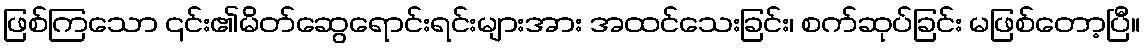
ဖြစ်ကြသော ၎င်း၏မိတ်ဆွေရောင်းရင်းများအား အထင်သေးခြင်း၊ စက်ဆုပ်ခြင်း မဖြစ်တော့ပြီ။